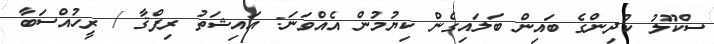
ސްކޫލު ކުދިންގެ ބައިން ބަލައިގެން ކިޔުުމުން އެއްވަނަ: އައިޝަތު ރިފްޤާ / ރީހުއްސަބާ